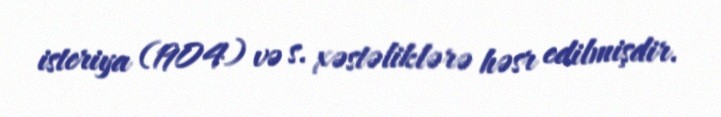
isteriya (1904) və s. xəstəliklərə həsr edilmişdir.